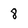
Character: 8